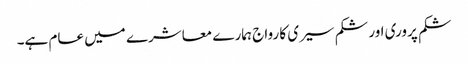
شکم پروری اور شکم سیری کا رواج ہمارے معاشرے میں عام ہے۔